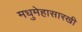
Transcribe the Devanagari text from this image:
मधुमेहासारखी